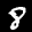
Label: 8